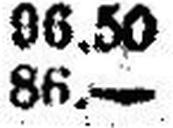
86.—